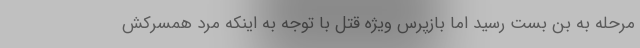
مرحله به بن بست رسید اما بازپرس ویژه قتل با توجه به اینکه مرد همسرکش